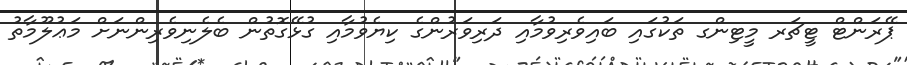
ޕޭރަންޓް ޓީޗަރ މީޓިންގ ތަކުގައި ބައިވެރިވުމާއި ދަރިވަރުންގެ ކިޔެވުމާއި ގުޅޭގޮތުން ބެލެނިވެރިންނަށް މަޢުލޫމާތު